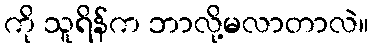
ကို သူရိန်က ဘာလို့မလာတာလဲ။